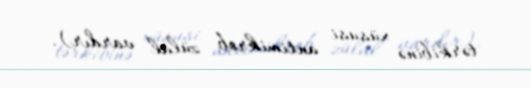
tərkibinə xüsusi antimikrob zülal vardır).